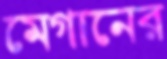
মেগানের